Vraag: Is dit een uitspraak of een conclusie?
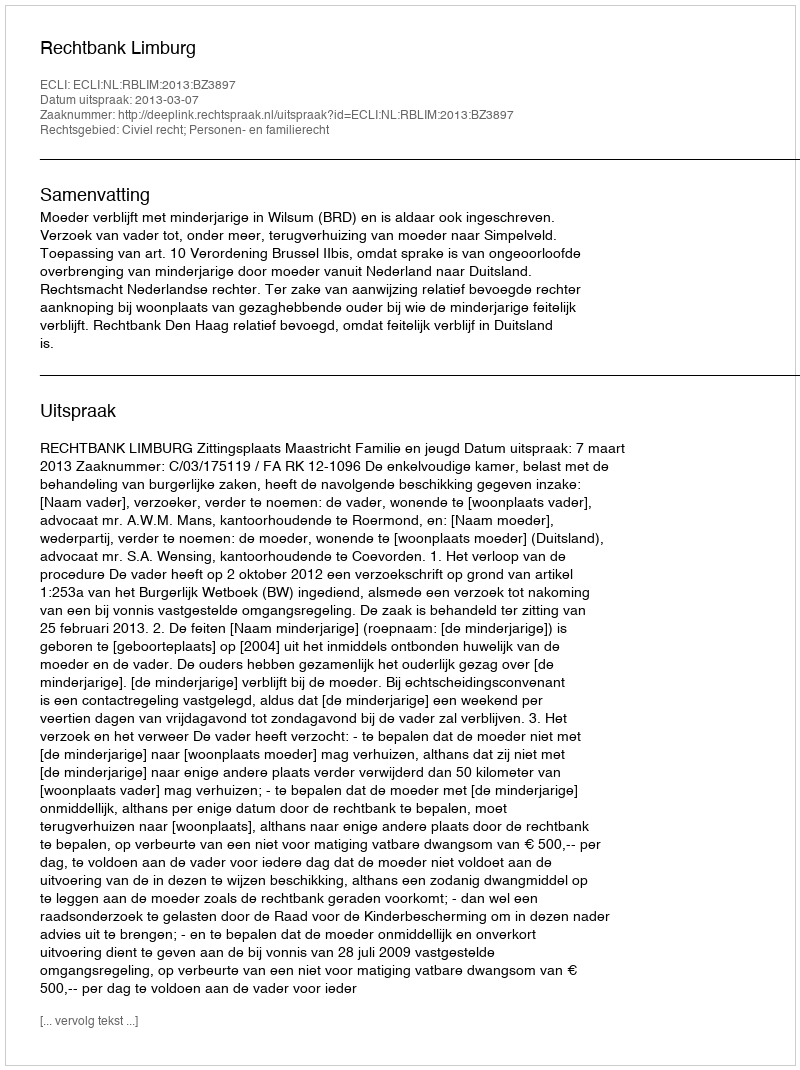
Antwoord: Uitspraak